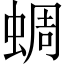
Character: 蜩